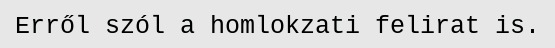
Erről szól a homlokzati felirat is.